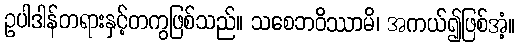
ဥပါဒါန်တရားနှင့်တကွဖြစ်သည်။ သစေဘဝိဿာမိ၊ အကယ်၍ဖြစ်အံ့။